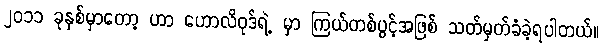
၂၀၁၁ ခုနှစ်မှာတော့ ဟာ ဟောလိဝုဒ်ရဲ့ မှာ ကြယ်တစ်ပွင့်အဖြစ် သတ်မှတ်ခံခဲ့ရပါတယ်။